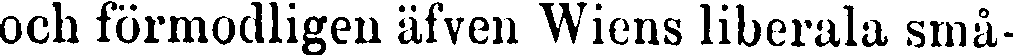
och förmodligen äfven Wiens liberala små-